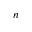
n